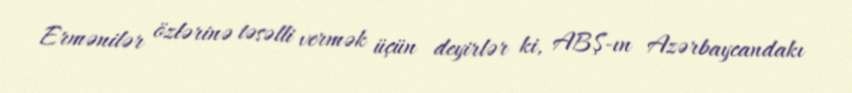
Ermənilər özlərinə təsəlli vermək üçün deyirlər ki, ABŞ-ın Azərbaycandakı